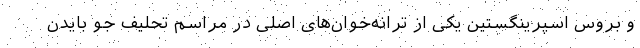
و بروس اسپرینگستین یکی از ترانه‌خوان‌های اصلی در مراسم تحلیف جو بایدن